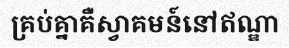
គ្រប់គ្នាគឺស្វាគមន៍នៅឥណ្ឌា